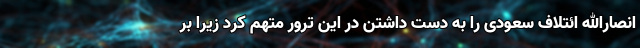
انصارالله ائتلاف سعودی را به دست داشتن در این ترور متهم کرد زیرا بر